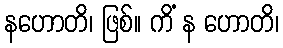
နဟောတိ၊ ဖြစ်။ ကိံ န ဟောတိ၊